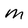
Character: M